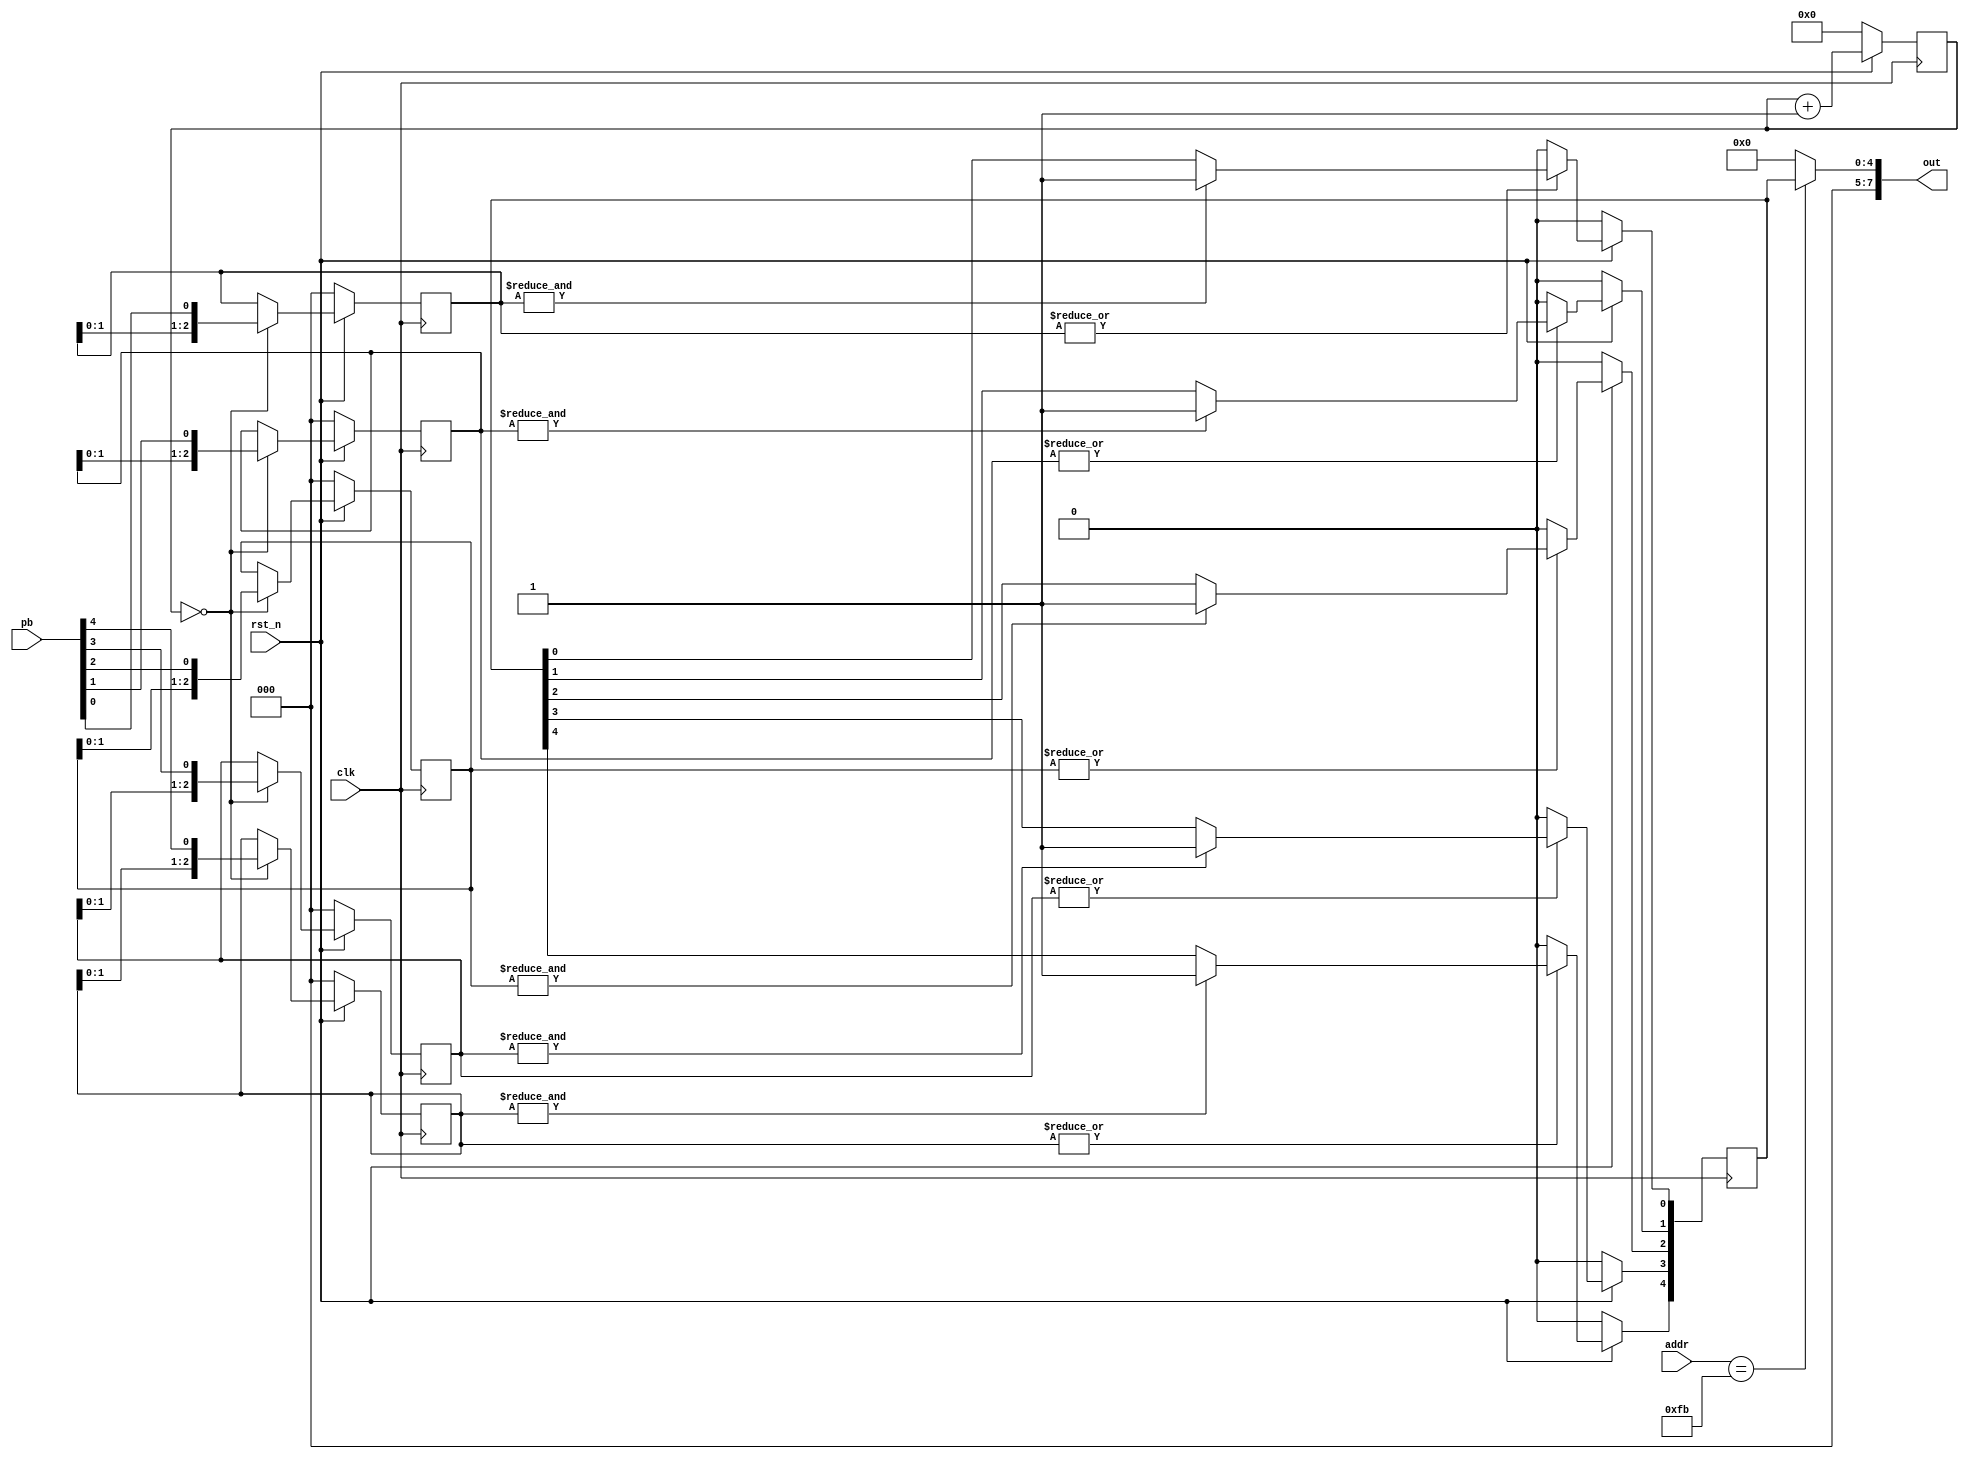
`timescale 1ps/1ps

module pb
(
  input  wire       clk,
  input  wire       rst_n,
  input  wire [7:0] addr,
  output wire [7:0] out,
  input  wire [4:0] pb
);

  reg [2:0]  debounce [4:0];
  reg [11:0] cnt;
  reg [4:0]  state;

  always @(posedge clk) begin
    if (!rst_n) begin
      debounce[0] <= 3'b0;
      debounce[1] <= 3'b0;
      debounce[2] <= 3'b0;
      debounce[3] <= 3'b0;
      debounce[4] <= 3'b0;
      cnt         <= 12'b0;
      state       <= 5'b0;
    end else begin
      cnt <= cnt + 1;
      if (!cnt) begin
        debounce[0] <= {debounce[0][1:0], pb[0]};
        debounce[1] <= {debounce[1][1:0], pb[1]};
        debounce[2] <= {debounce[2][1:0], pb[2]};
        debounce[3] <= {debounce[3][1:0], pb[3]};
        debounce[4] <= {debounce[4][1:0], pb[4]};
      end
      state[0] <= (|debounce[0] == 1'b0)? 1'b0 :
                  (&debounce[0] == 1'b1)? 1'b1 : state[0];
      state[1] <= (|debounce[1] == 1'b0)? 1'b0 :
                  (&debounce[1] == 1'b1)? 1'b1 : state[1];
      state[2] <= (|debounce[2] == 1'b0)? 1'b0 :
                  (&debounce[2] == 1'b1)? 1'b1 : state[2];
      state[3] <= (|debounce[3] == 1'b0)? 1'b0 :
                  (&debounce[3] == 1'b1)? 1'b1 : state[3];
      state[4] <= (|debounce[4] == 1'b0)? 1'b0 :
                  (&debounce[4] == 1'b1)? 1'b1 : state[4];
    end
  end

  assign out = (addr == 8'hfb)? {3'b0, state} : 8'b0;

endmodule